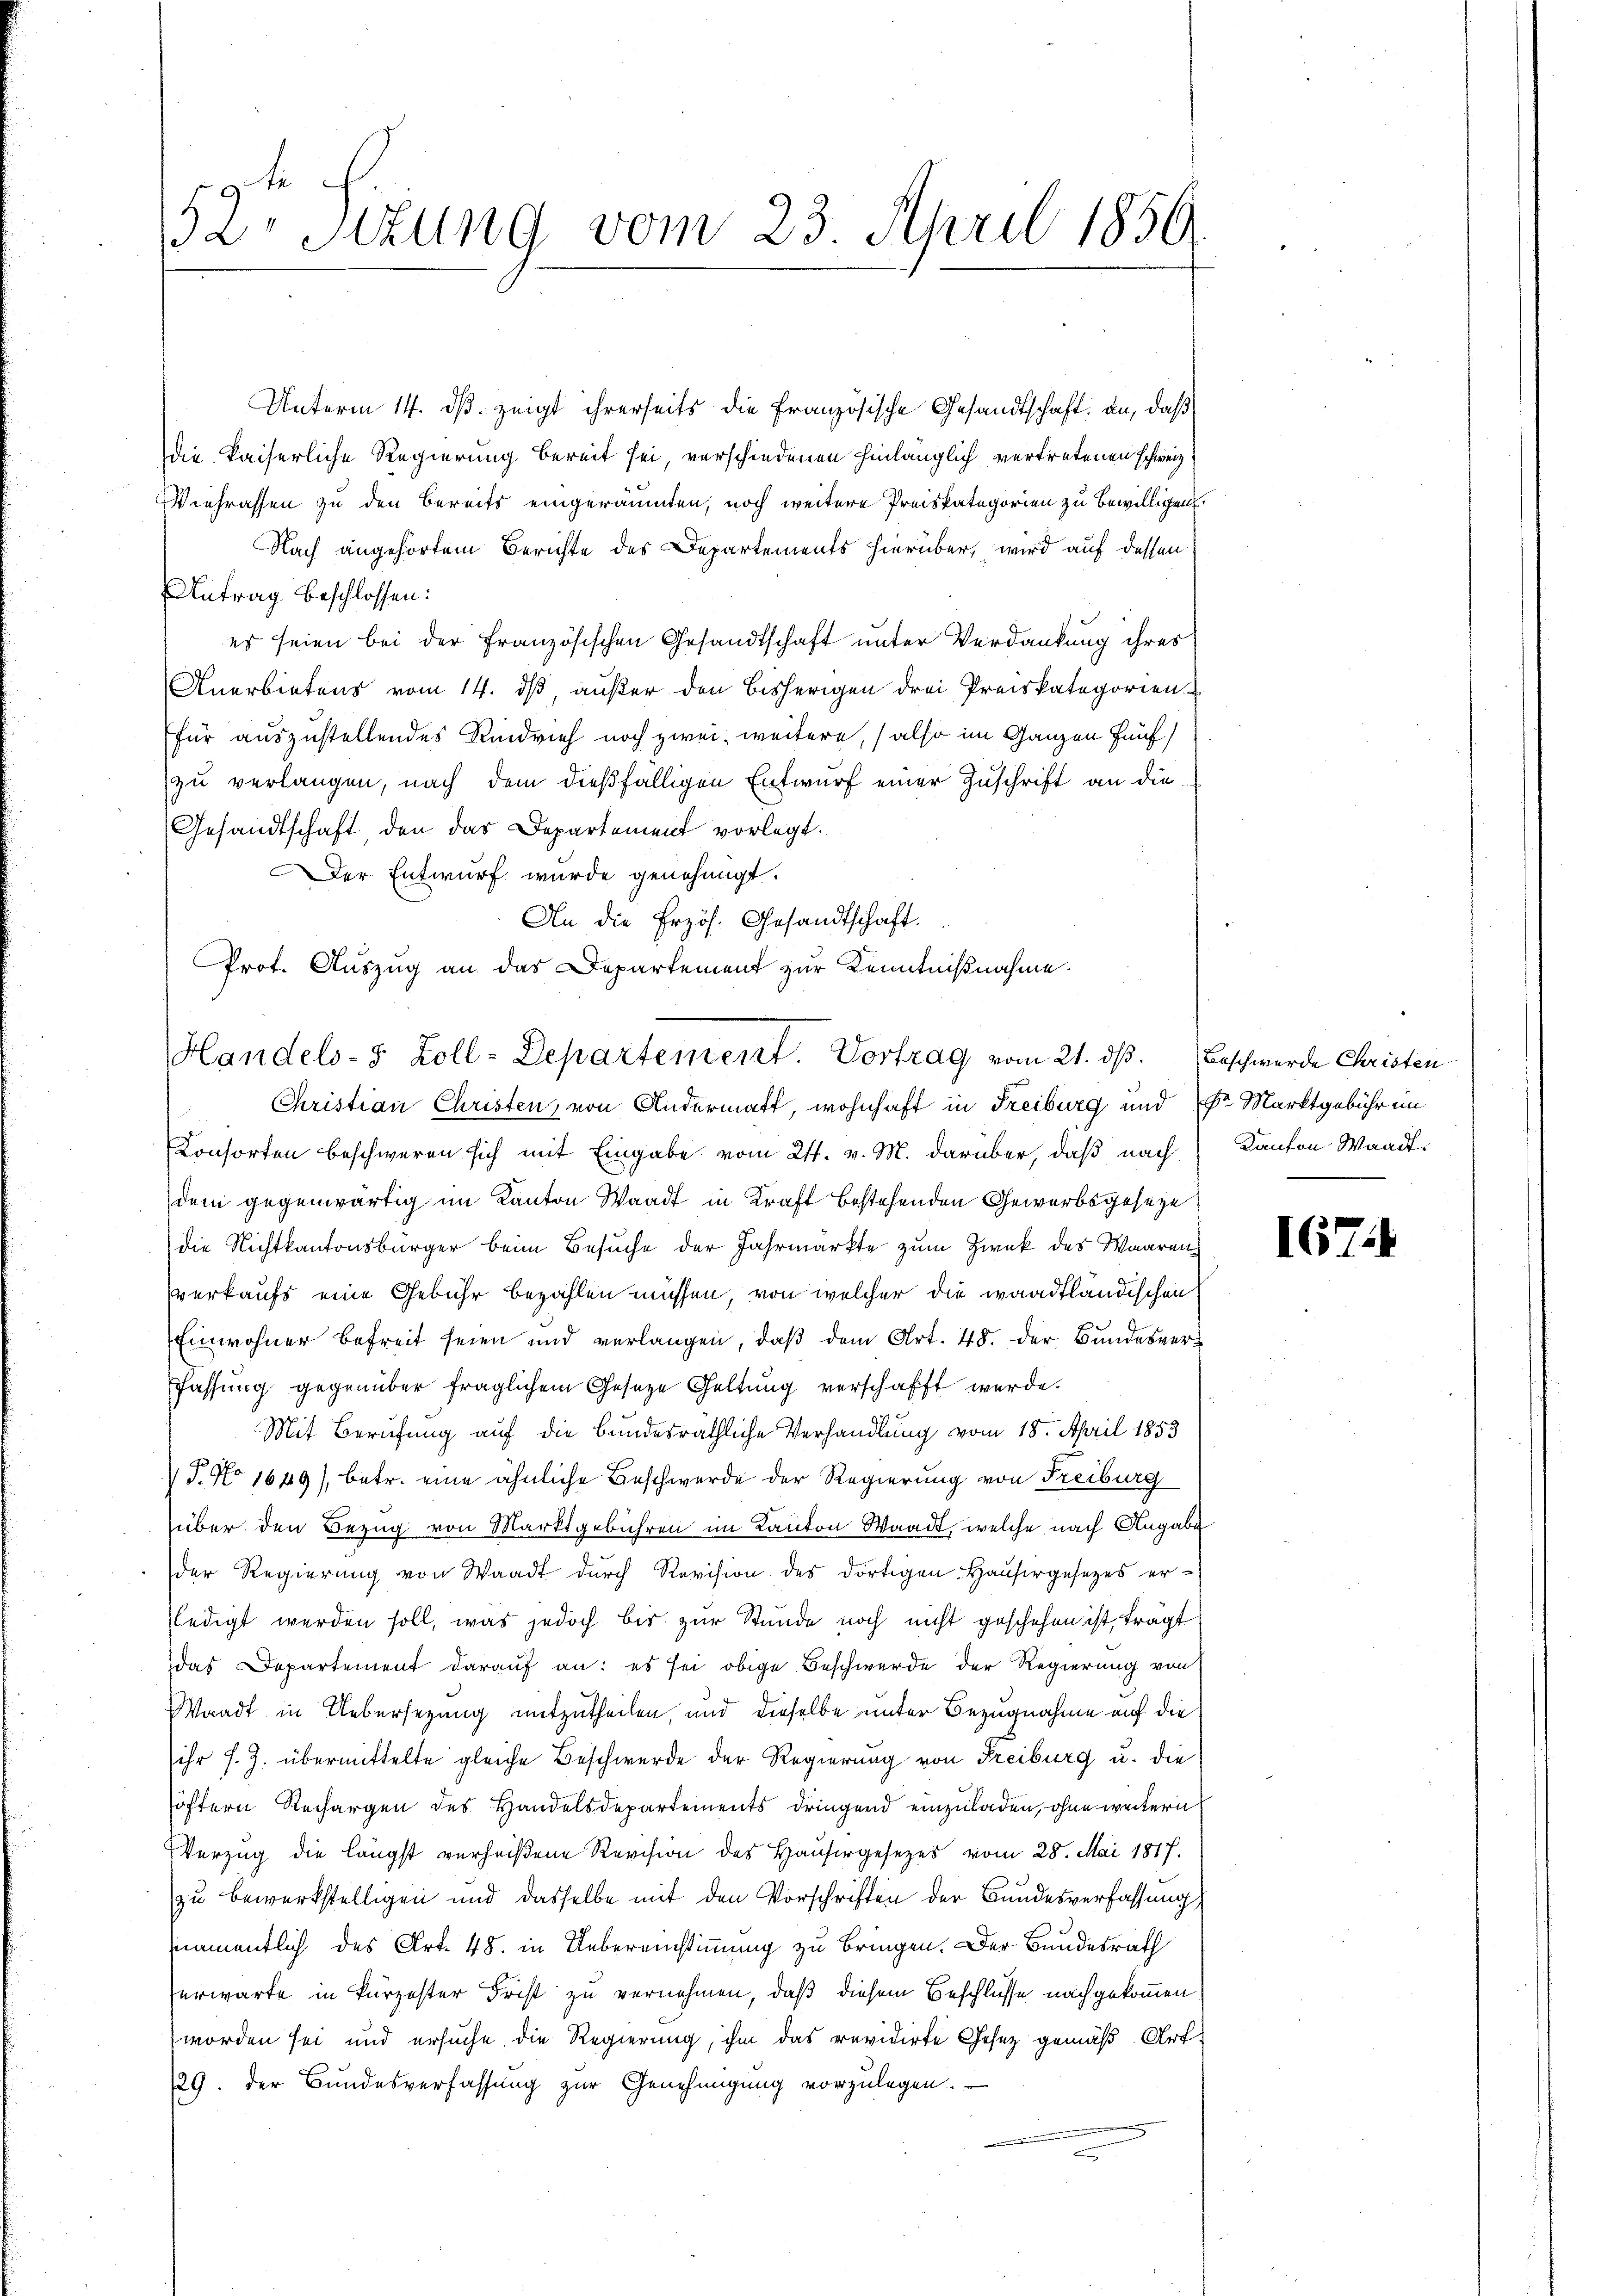
Unterm 14. ds. zeigt ihrerseits die französische Gesandtschaft an, daß
die kaiserliche Regierung bereit sei, verschiedenen hinlänglich vertretenen schweiz
Wiehrassen zu den Bereits eingeräumten, noch weitere Preiskategorien zu bewilligen.
Nach angehörtem Berichte des Departements hierüber, wird auf dessen
Antrag beschlossen:
es seien bei der französischen Gesandtschaft unter Verdankung ihres
Anerbietens vom 14. dß, außer den bisherigen drei Preiskategorien
für auszustellendes Kindvieh noch zwei, weitere, (also im Ganzen fünf
zu verlangen, nach dem dießfälligen Entwurf einer Zuschrift an die
Gesandtschaft, den das Departement vorlegt.
Der Entwurf wurde genehmigt.
An die Erzös. Gesandtschaft.
Prot. Auszug an das Departement zur Kenntnißnahme.

1
2 Stzung vom 23. April 1850.

Handels- 5 Zoll-Departement. Vortrag vom 21. ds.
Christian Christen, von Andermatt, wohnhaft in Freiburg und Dr. Marktgebühr im

Consorten beschweren sich mit Eingabe vom 24. v. M. darüber, daß nach Kanton Waadt,
dem gegenwärtig im Kanton Waadt in Kraft bestehenden Gewerbsgeseze
die Nichtkantonsbürger beim Besuche der Jahrmärkte zum Zweck des Waaren
verkaufs eine Gebühr bezahlen müssen, von welcher die waadtländischen
Einwohner befreit seien und verlangen, daβ dem Art. 48. der Bundesverfassung gegenüber fraglichem Gesetze Geltung verschafft werde.
Mit Berufung auf die bundesräthliche Verhandlung vom 18. April 1853
 P. No 1649/, betr. eine ähnliche Beschwerde der Regierung von Freiburg
über den Bezug von Marktgebühren im Kanton Waadt, welche nach Angabe
der Regierŭng von Waadt dŭrch Revision des dortigen Haŭsergesetzes er-
(ledigt werden soll, was jedoch bis zur Stunde noch nicht geschehen ist, trägt
das Departement darauf an: es sei obige Beschwerde der Regierung von
Waadt in Uebersezung mitzutheilen, und dieselbe unter Bezugnahme auf die
ihr s. Z. übermittelte gleiche Beschwerde der Regierung von Freiburg u. die
öftern Rechargen des Handelsdepartements dringend einzuladen, ohne weitern
Verzug die längst verheißene Revision des Hausergesezes vom 28. Mai 1817.
zu bewerkstelligen und dasselbe mit den Vorschriften der Bundesverfassung
namentlich des Art. 48. in Uebereinstimmung zu bringen. Der Bundesrath
erwarte in kurzester Frist zu vernehmen, daß diesem Beschlüsse nachgekommen
worden sei und ersuche die Regierung, ihm das revidirte Gesez gemäß Art.
29. Der Bundesverfassung zur Genehmigung vorzulegen.

Beschwerde Christen

167